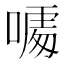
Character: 𠻔